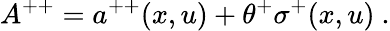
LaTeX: A^{++}=a^{++}(x,u)+\theta^{+}\sigma^{+}(x,u)\ .